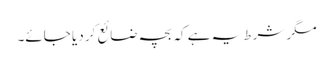
مگر شرط یہ ہے کہ بچہ ضائع کر دیا جائے۔